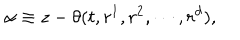
\alpha \equiv z - \theta ( t , r ^ { 1 } , r ^ { 2 } , \cdots , r ^ { d } ) ,